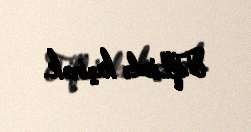
Tiflisdə keçirək.